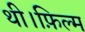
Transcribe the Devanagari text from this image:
थी।फ़िल्म